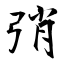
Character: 弰